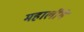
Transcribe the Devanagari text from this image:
महालींगे